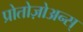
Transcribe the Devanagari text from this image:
प्रोतोज़ोअन्स्